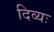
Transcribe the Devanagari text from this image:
दिव्यः